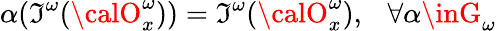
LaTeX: \alpha({\cal\mathfrak{I}^{\omega}}({\calO}_{x}^{\omega}))={\cal\mathfrak{I}^{\omega}}({\calO}_{x}^{\omega}),~~~\forall\alpha\inG_{\omega}